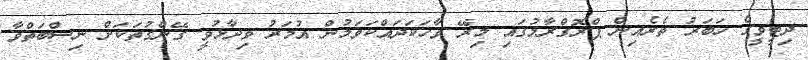
ދިޓީވީގެ ހަބަރު ތެރެއިން ޕްރޮގްރާމުގައި މިރޭ ވާހަކަދައްކަވަމުން އުމަރު ވިދާޅުވީ ގޭންގުތަކަށް ނިސްބަތްވާ